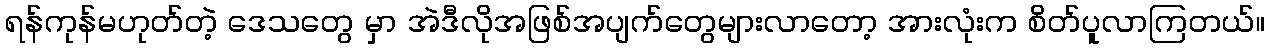
ရန်ကုန်မဟုတ်တဲ့ ဒေသတွေ မှာ အဲဒီလိုအဖြစ်အပျက်တွေများလာတော့ အားလုံးက စိတ်ပူလာကြတယ်။